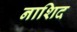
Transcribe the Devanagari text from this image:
नाशिद